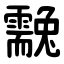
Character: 䨲